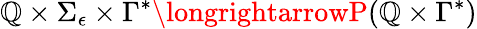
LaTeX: \mathbb{Q}\times\Sigma_{\epsilon}\times\Gamma^{*}\longrightarrowP(\mathbb{Q}\times\Gamma^{*})